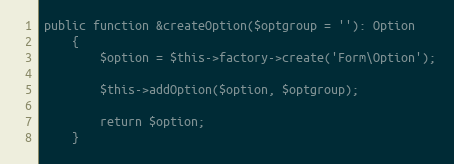
Language: PHP
public function &createOption($optgroup = ''): Option
    {
        $option = $this->factory->create('Form\Option');

        $this->addOption($option, $optgroup);

        return $option;
    }